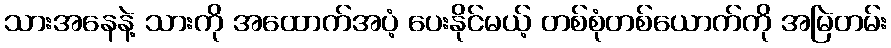
သားအနေနဲ့ သားကို အထောက်အပံ့ ပေးနိုင်မယ့် တစ်စုံတစ်ယောက်ကို အမြဲတမ်း